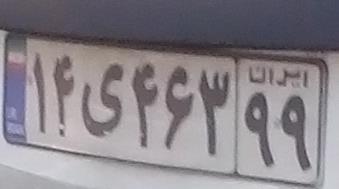
۱۴ی۴۶۳۹۹